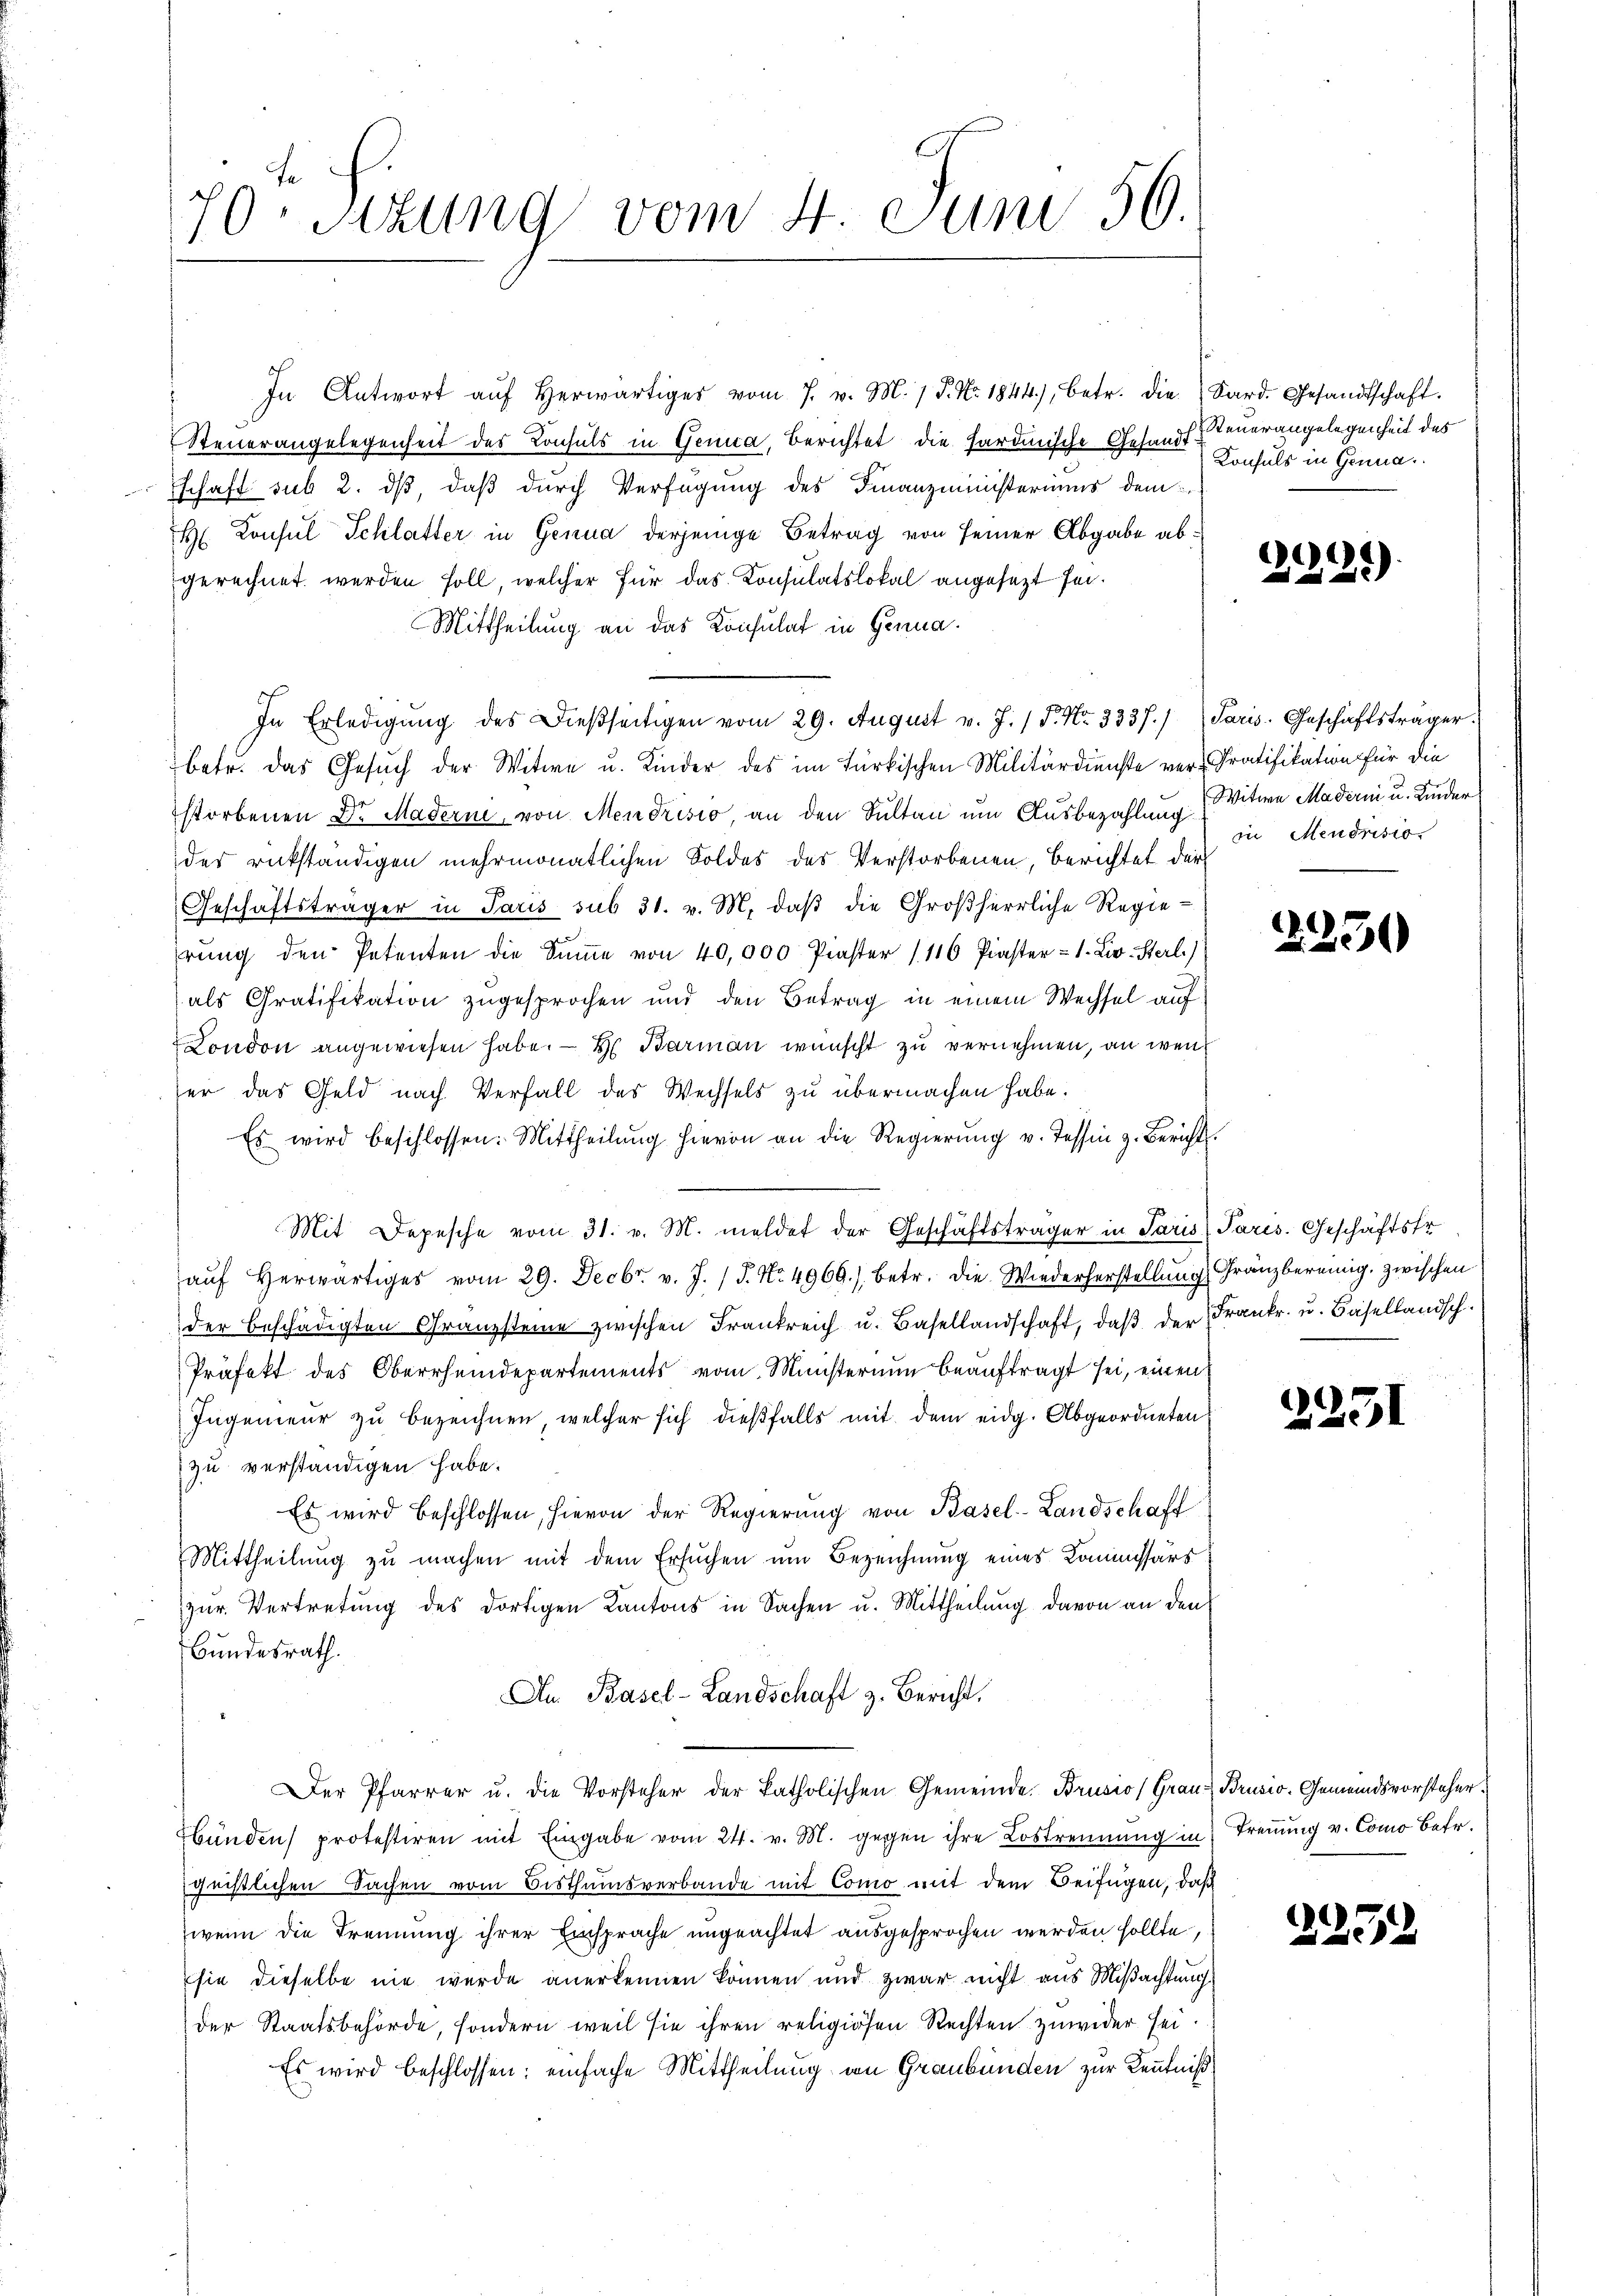
70. Sizung vom 4. Juni 56.

In Antwort aŭf herwärtiges vom 7. v. M. 1 P. Nr. 1844), betr. die Sard. Gesandtschaft.
Steuerangelegenheit des Konsuls in Genua, Berichtet die hardinische Gesandtschaft sub 2. dß, daß durch Verfügung des Finanzministeriums dem
H Konsul Schlatter in Genua derjenige Betrag von seiner Abgabe abgerechnet werden soll, welcher für das Consulatslokal angesezt sei¬
Mittheilung an das Konsulat in Genua
In Erledigŭng des Dießseitigen vom 29. August v. J. / P. Nr. 3337. Paris. Geschäftsträger.
betr. das Gesuch der Witwe u. Kinder des im türkischen Militärdienste ver-Pratifikation für die
storbenen Dr Madern von Mendrisio, an den Sultan um Ausbezahlung in Mendrisio
des rükständigen mehrmonatlichen Soldes des Verstorbenen, Berichtet der
Geschäftsträger in Paris sub 31. v. M. daβ die Großherrliche Regie-
rŭng den Petenten die Sŭṁe von 40,000 Piaster (116 Praster - 1. Liv. Sterl.)
als Gratifikation zugesprochen und den Betrag in einem Wechsel auf
London angewiesen habe. — H. Barmann wünscht zu vernehmen, an wener das Geld nach Verfall des Wechsels zu übermachen habe.
Es wird beschlossen: Mittheilŭng hievon an die Regierŭng v. Tessin z. Bericht.
Mit Depesche vom 31. v. M. meldet der Geschäftsträger in Paris Paris. Geschäftstr
aŭf herwärtiges vom 29. Decbr. v. J. J. No. 4966.) Betr. die Wiederherstellung Gränzbereinig, zwischen
der beschädigten Granzsteine zwischen Frankreich u. Basellandschaft, daß der Frankr. u. Basellandsch
Präfekt des Oberrheidepartements vom Ministerium beauftragt sei, einen
Ingenieur zu bezeichnen, welcher sich dießfalls mit dem eidg. Abgeordneten
zu verständigen habe.
Es wird beschlossen, hievon der Regierung von Basel-Landschaff
Mittheilung zu machen mit dem Ersuchen um Bezeichnung eines Kommissärs
zur Vertretung des dortigen Kantons in Sachen u. Mittheilung davon an den
Bundesrath.
An Basel-Landschaft z. Bericht.
Der Pfarrer u. die Vorsteher der katholischen Gemeinde. Brusio Grau Brusio. Gemeindsvorsteher¬
Ebünden protestiren mit Eingabe vom 24. v. M. gegen ihre Lostrennung in Trennung v. Como betr.
geistlichen Sachen vom Bisthumsverbande mit Como mit dem Beifügen, daß
wenn die Trennung ihrer Einsprache ungeachtet ausgesprochen werden sollte,
sie dieselbe nie wurde anerkennen können und zwar nicht aus Mißachtung
der Staatsbehörde, sondern weil sie ihren religiösen Rechten zuwider sei.
Es wird beschlossen; einfache Mittheilung von Graubünden zur Kenntniß

Steuerangelegenheit des
Konsuls in Genua

2115)

Witwe Madern u. Kinder

2230

1

23.

1